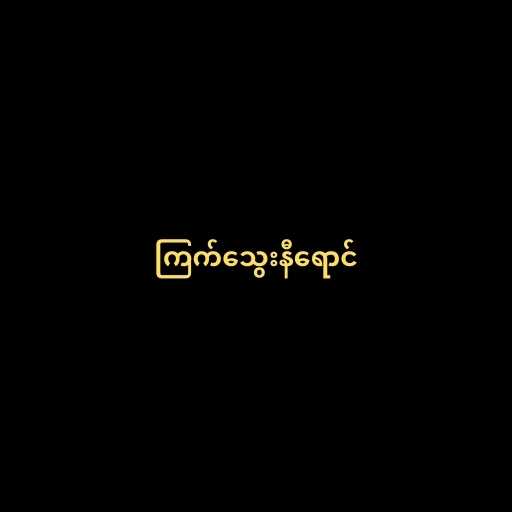
ကြက်သွေးနီရောင်